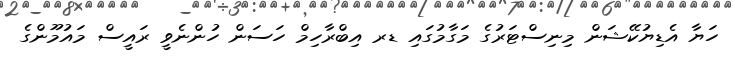
ހަޔާ އެޑިޔުކޭޝަން މިނިސްޓަރުގެ މަގާމުގައި ޑރ އިބްރާހިމް ހަސަން ހުންނެވީ ރައީސް މައުމޫންގެ